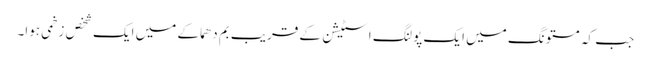
جب کہ مستونگ میں ایک پولنگ اسٹیشن کے قریب بم دھماکے میں ایک شخص زخمی ہوا۔